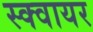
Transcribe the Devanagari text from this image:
स्‍क्‍वायर